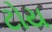
ટોય